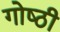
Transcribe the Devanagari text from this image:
गोष्‍ठी